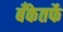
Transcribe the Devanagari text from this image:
बँकेतर्फे